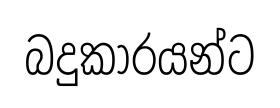
බදුකාරයන්ට